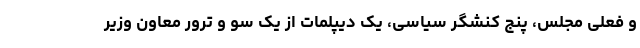
و فعلی مجلس، پنج کنشگر سیاسی، یک دیپلمات از یک سو و ترور معاون وزیر